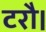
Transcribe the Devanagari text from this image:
टरौ।